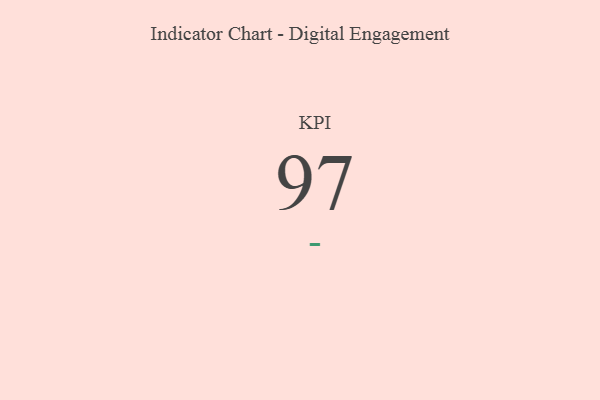
{"axis": {"x": "KPI", "y": "Value"}, "legend": [""], "data": [{"x": "KPI", "y": 97, "type": ""}]}